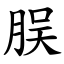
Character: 脵